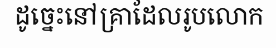
ដូច្នេះនៅគ្រាដែលរូបលោក